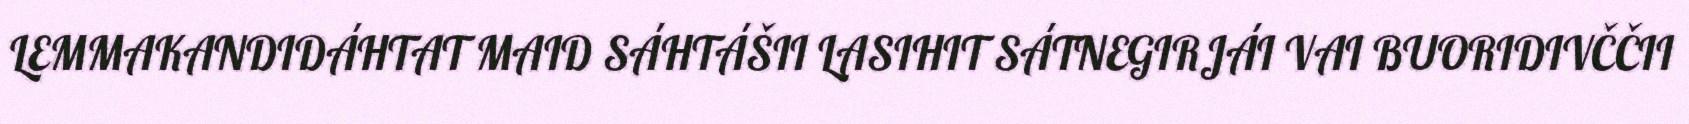
LEMMAKANDIDÁHTAT MAID SÁHTÁŠII LASIHIT SÁTNEGIRJÁI VAI BUORIDIVČČII